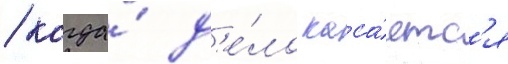
/ когда́ д'е́ло каса́етс'я